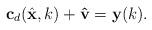
LaTeX: \begin{align*}\mathbf{c}_d(\hat{\mathbf{x}},k)+\mathbf{\hat{v}}=\mathbf{y}(k).\end{align*}